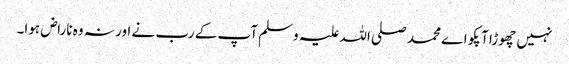
نہیں چھوڑا آپکو اے محمد صلی اللہ علیہ وسلم آپ کے رب نے اور نہ وہ ناراض ہوا۔